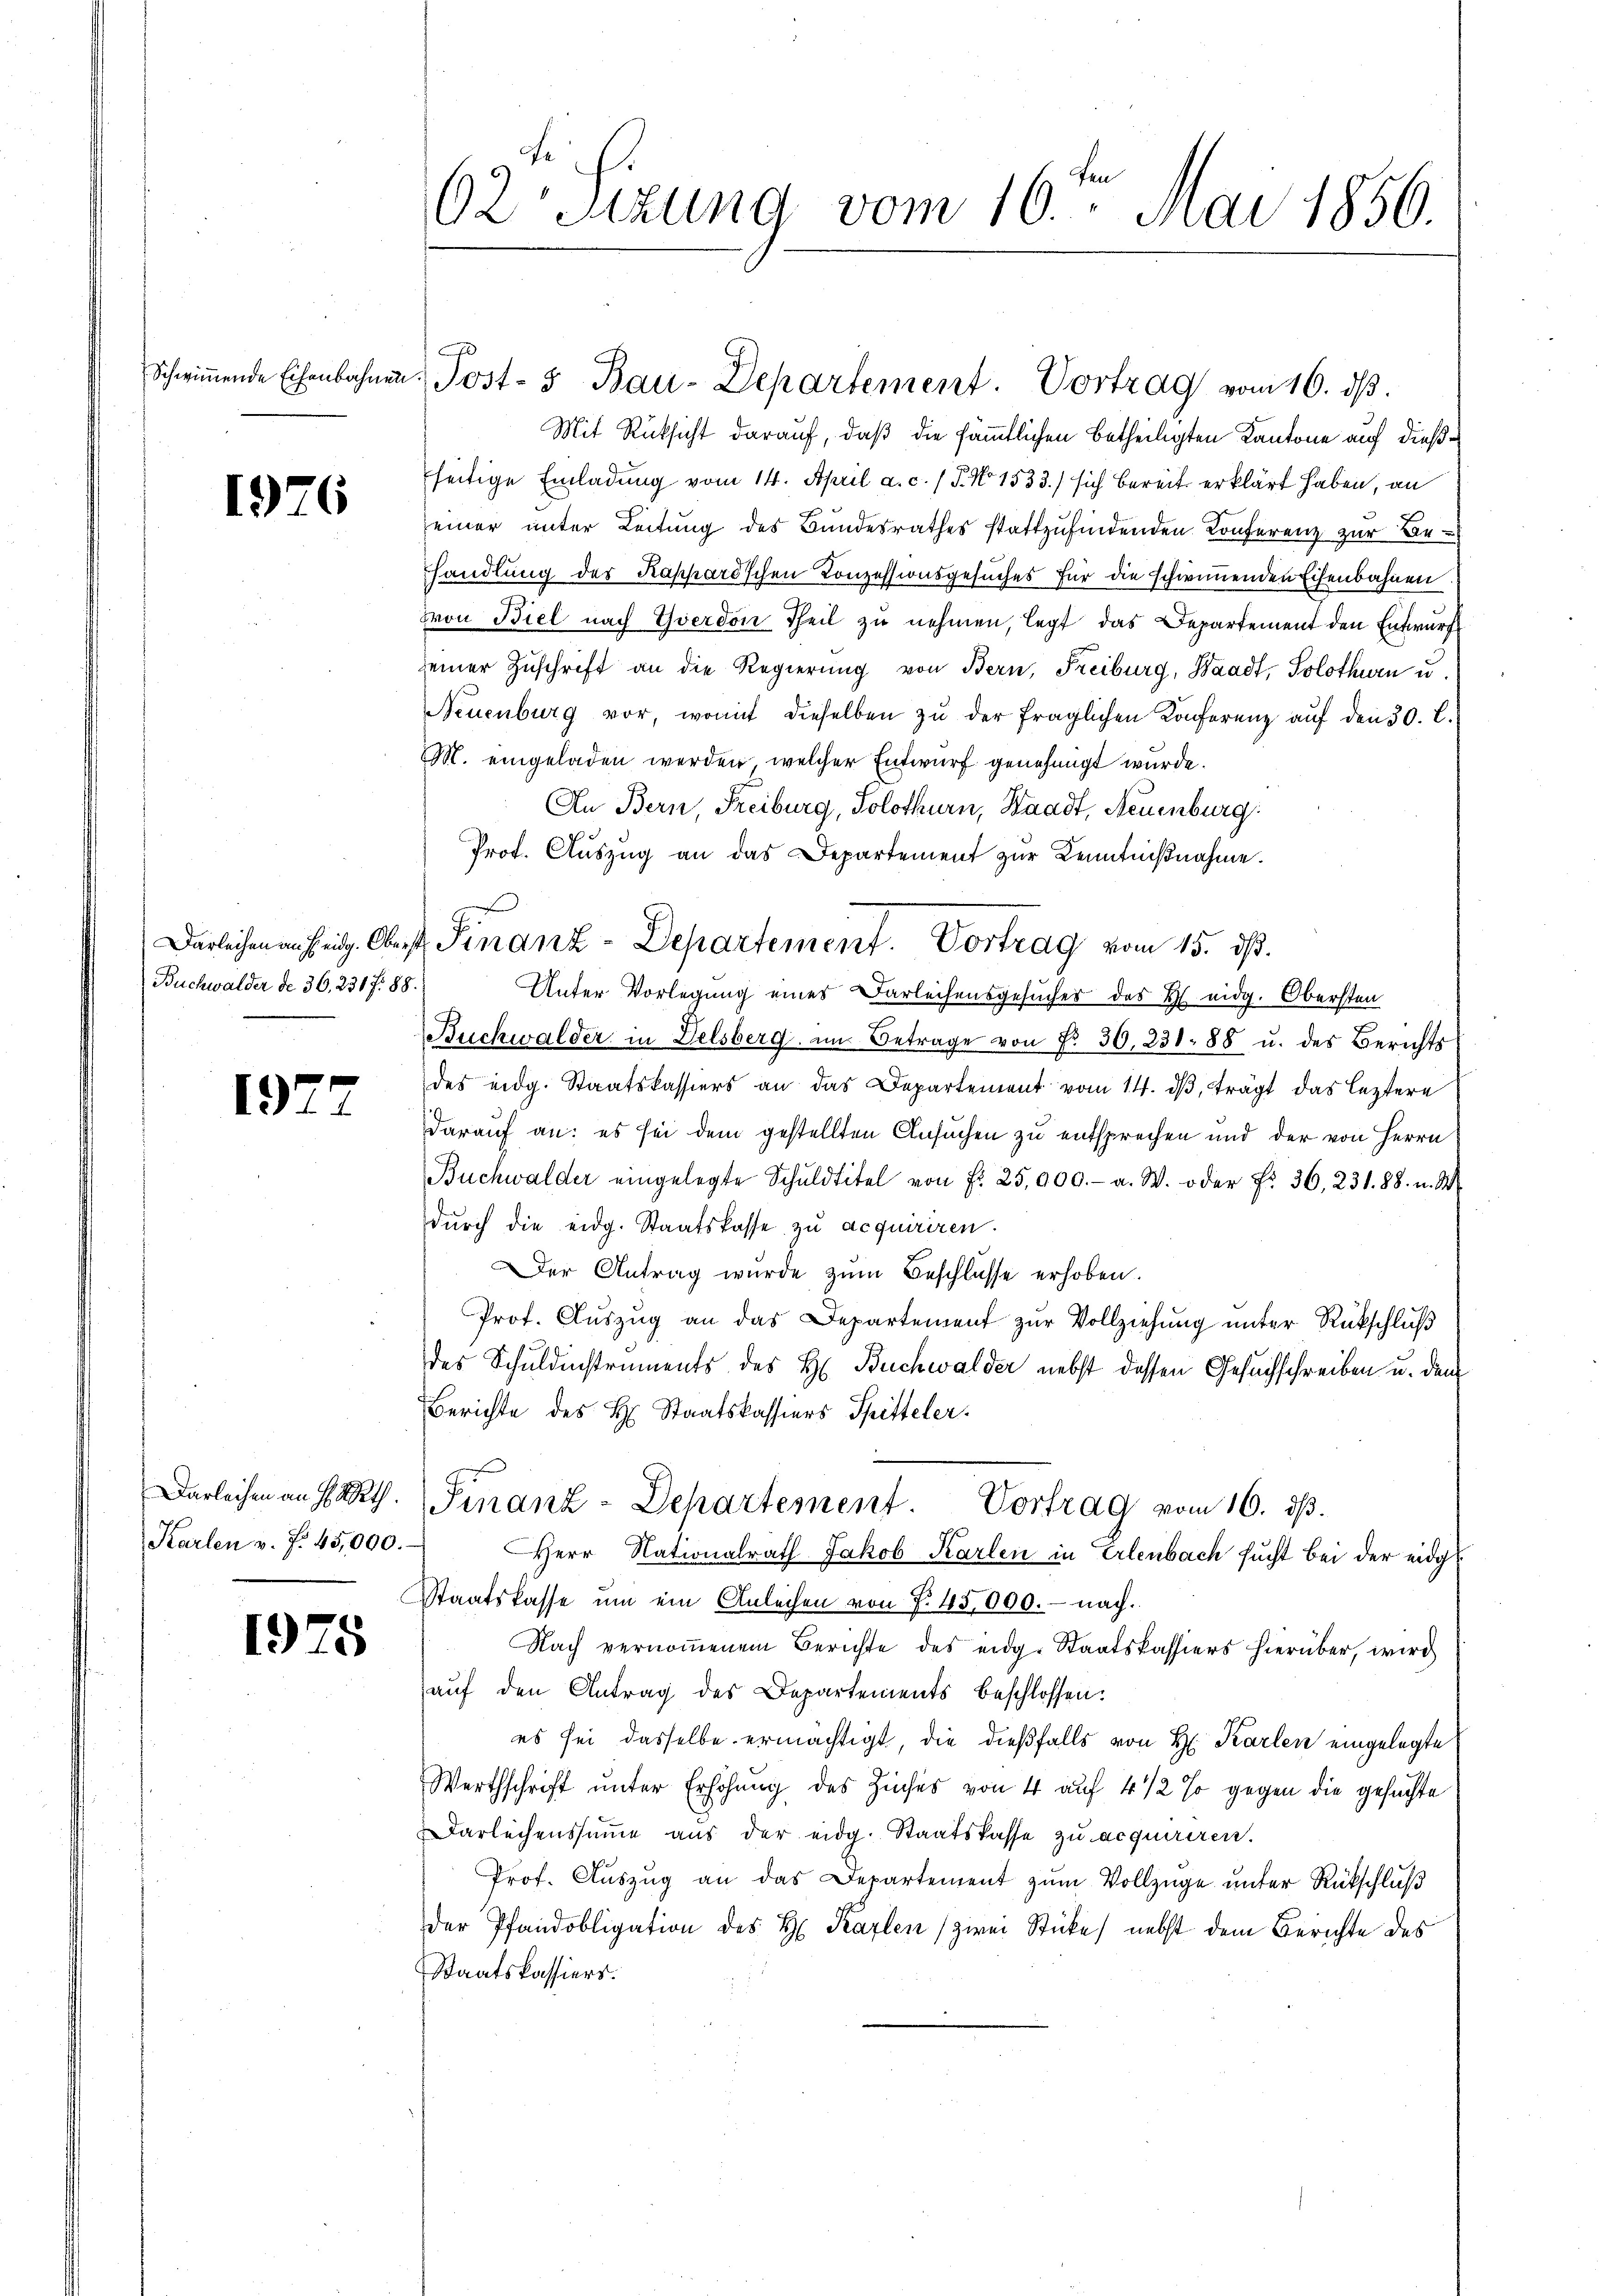
1976

Buchwalder de 36. 231 f. 88.

1977

Karlen u. f. 45,000.

1975

62. Sizung vom 16ten Mai 1856.

Schwiṁende Eisenbahnen Post- & Bau-Departement. Vortrag vom 16. dβ.

Mit Rücksicht darauf, daß die sämmtlichen betheiligten Kantone auf dießfseitige Einladung vom 14. April a. c. (T. No 1533./ sich bereits erklärt haben, an
einer unter Leitung des Bundesrathes stattzufindenden Konferenz zur Behandlung des Kappard'schen Conzessionsgesuches für die schwimmenden Eisenbahnen
Mon Biel nach Yverdon Theil zu nehmen, legt das Departement den Entwurf
seiner Zuschrift an die Regierung von Bern, Freiburg, Waadt, Solothurn u.
Neuenburg vor, womit dieselben zŭ der fraglichen Konferenz aŭf den 30. L.
M. eingeladen werden, welcher Entwurf genehmigt wurde.
An Bern, Freiburg, Solothurn, Waadt, Neuenburg
Prof. Auszug an das Departement zur Kenntnißnahme.
Unter Vorlegung eines Darleihensgesuches des H. eidg. Obersten
Buckwalder in Delsberg, am Betrage von No 30. 231. 88 u. des Berichts
des eidg. Staatskassiers an das Departement vom 14. dβ, trägt das leztere
darauf an: es sei dem gestellten Ansuchen zu entsprechen und der von Herrn
Buchwalder eingelegte Schuldtitel von Fr. 25,000.- a. W. oder Fr. 36, 231. 88. u. M
dŭrch die eidg. Staatskasse zu acquiriren.
Der Antrag wurde zum Beschlusse erhoben.
Prof. Aŭszŭg an das Departement zŭr Vollziehung unter Rückschluß
des Schuldinstruments des H. Buchwalder nebst dessen Gesuchschreiben u. den
Berichte des H. Staatskassiers Spitteler.
Darleihen an Balth. Finanz-Departement.
Vortrag vom 16. ds.
Herr Nationalrath Jakob Karlen in Erlenbach sucht bei der eidg¬
Staatskasse ŭm ein Anleihen von 7. 45,000.- nach.
Nach vernommenem Berichte des eidg. Staatskassiers hierüber, wird
aŭf den Antrag des Departements beschlossen:
es sei dasselbe ermächtigt, die dießfalls von H. Karten eingelegte
Werthschrift unter Erhöhung des Zinses von 4 auf 4 1/2 % gegen die gesuchte
Darlechenssume aus der eidg. Staatskasse zu acquiriren.
Prof. Aŭszŭg an das Departement zŭm Vollzüge unter Rückschluß
der Pfandobligation des H. Karlen (zwei Stücke) nebst dem Berichte des
Staatskassiers.

Darleihen an sei. Oberst Finanz-Departement. Vortrag vom 15. ds.